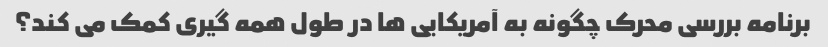
برنامه بررسی محرک چگونه به آمریکایی ها در طول همه گیری کمک می کند؟